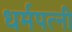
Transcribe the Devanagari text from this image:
धर्मपत्‍नी